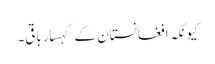
کیونکہ افغانستان کے کہسار باقی۔